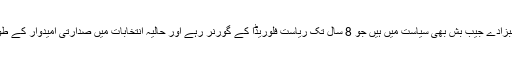
بش سینئر کے ایک اور صاحبزادے جیب بش بھی سیاست میں ہیں جو 8 سال تک ریاست فلوریڈا کے گورنر رہے اور حالیہ انتخابات میں صدارتی امیدوار کے طور پر بھی سامنے آئے تھے۔